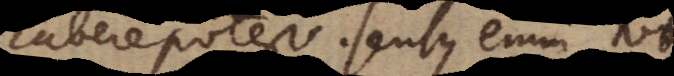
habere potest. Sensus enim vi